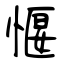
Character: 愝